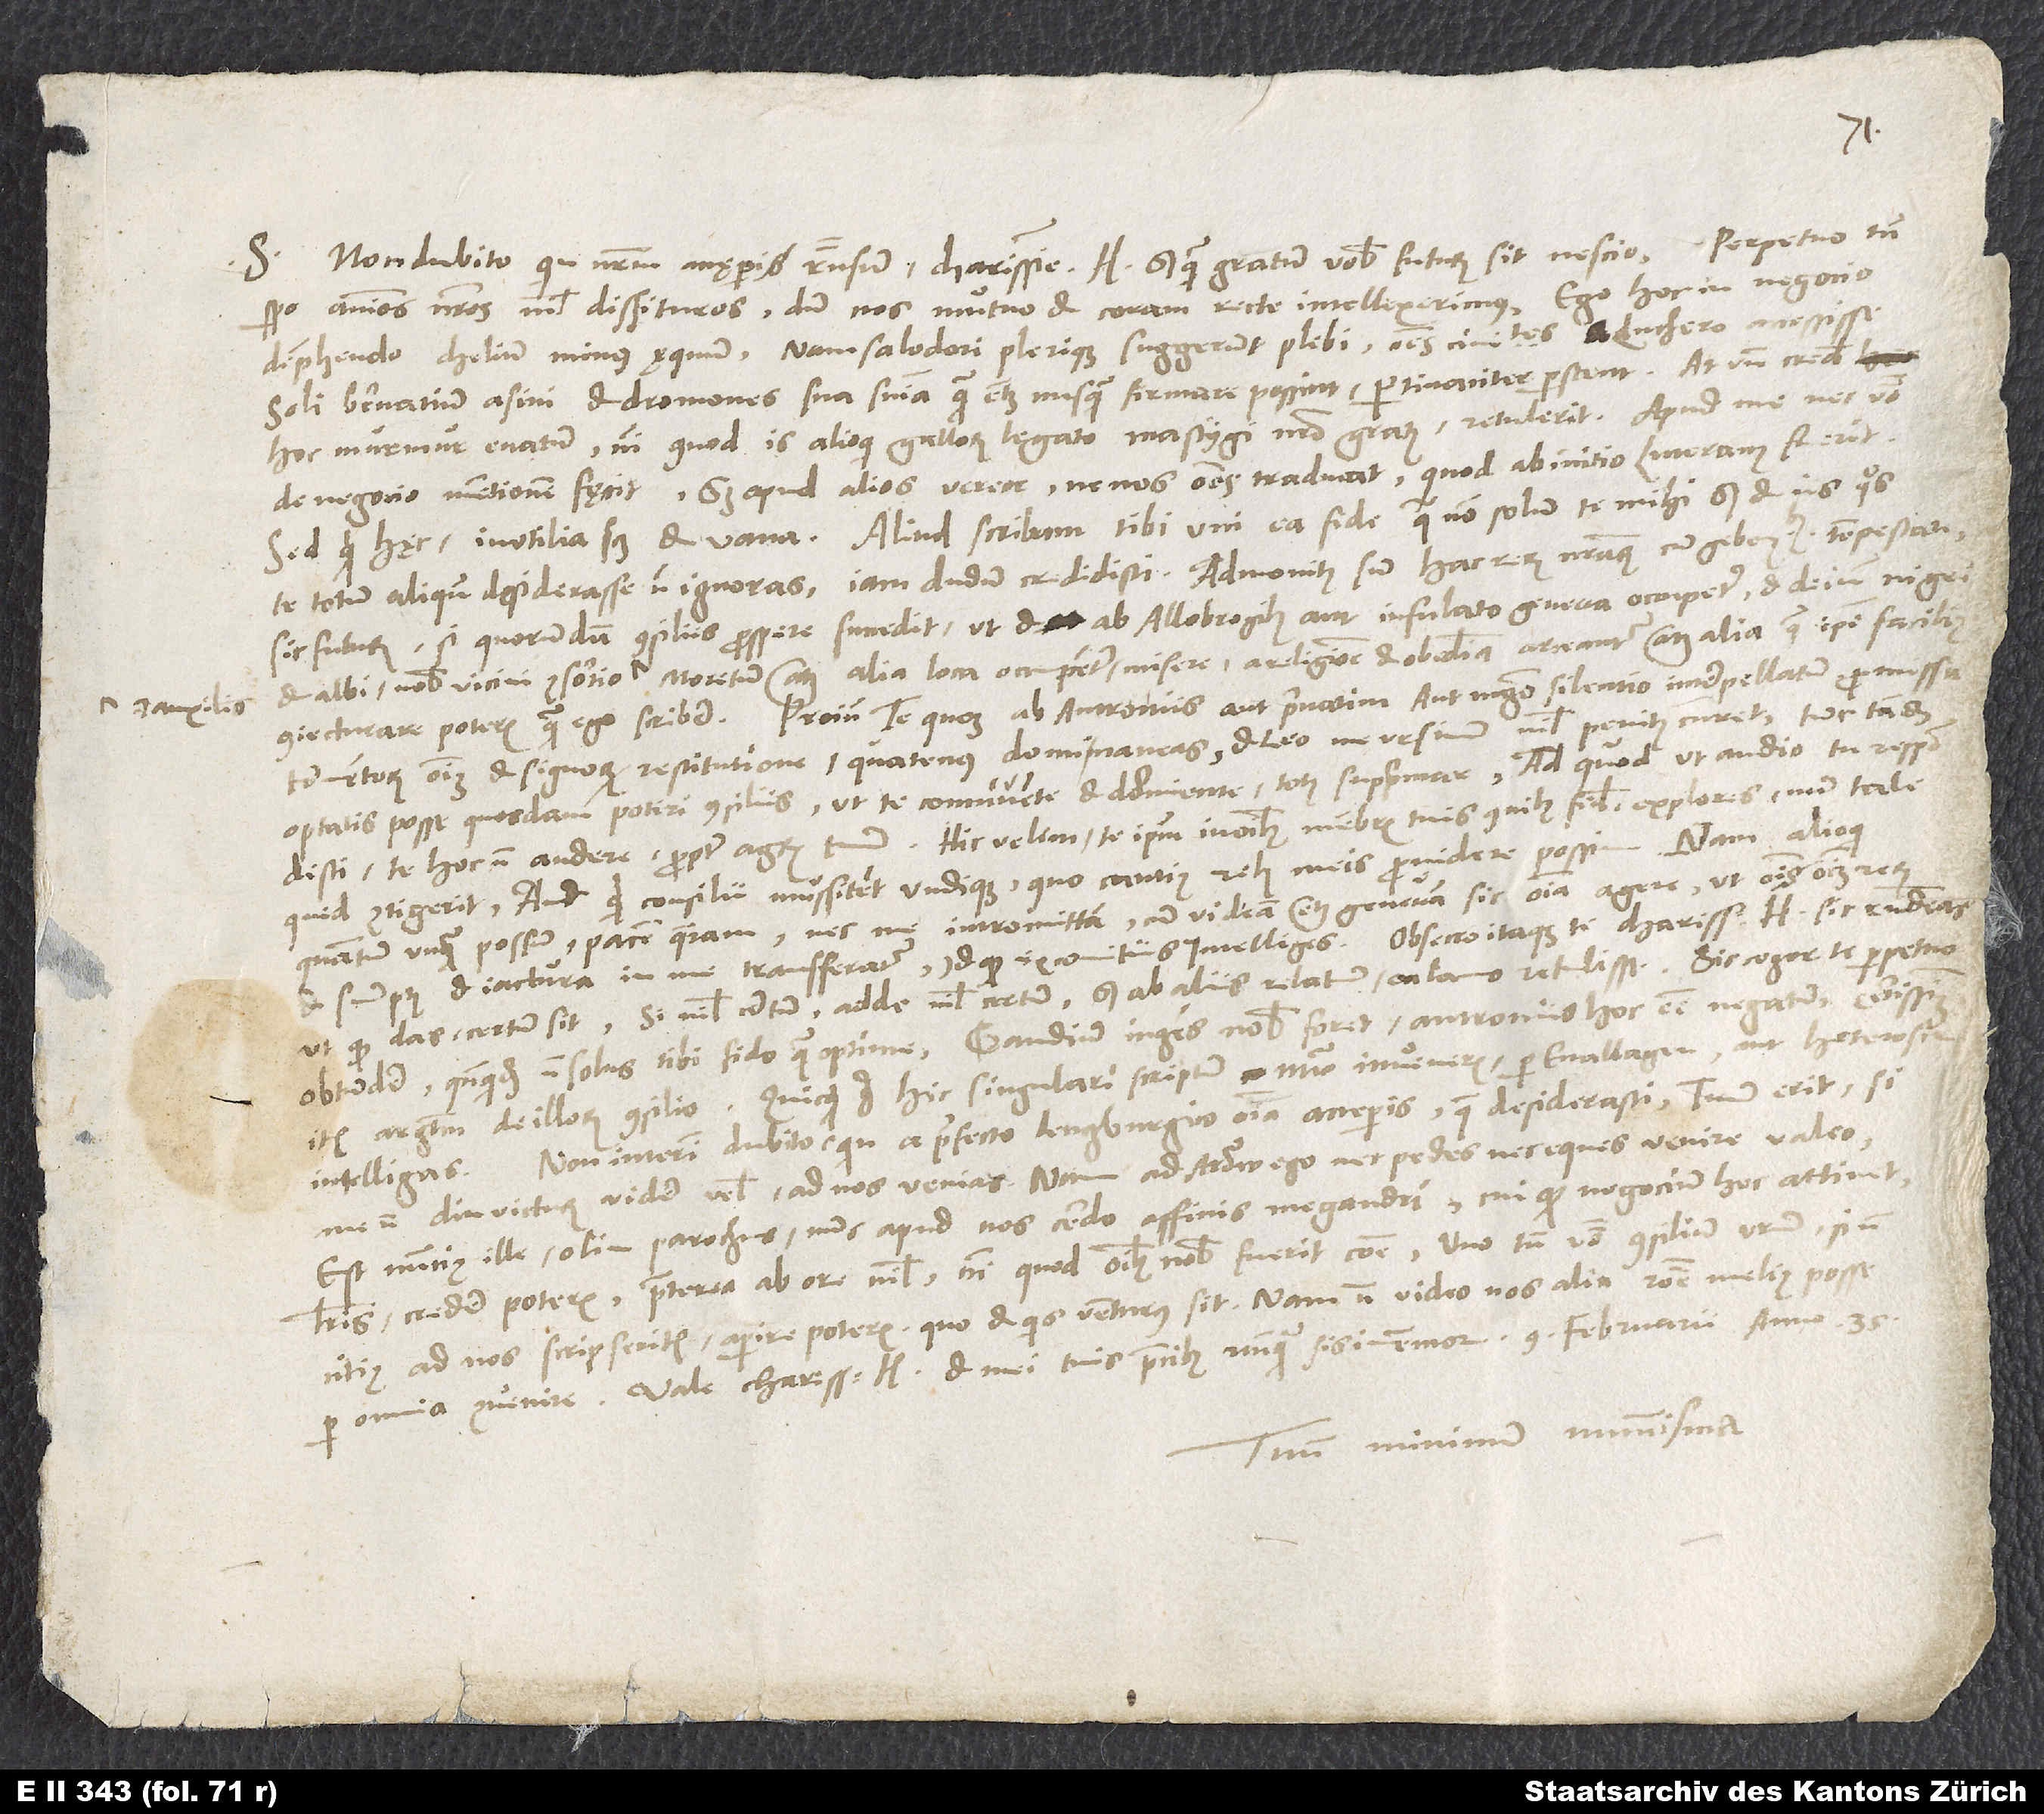
S. Non dubito, quin nostrum accęperis responsum, charissime Heinrice, sed quam gratum vobis futurum sit, nescio. Perpetuo tamen
spero animos nostros nihil dissituros , dum nos mutuo et coram recte intellexerimus. Ego hoc in negocio
deprehendo Chelium minus ęquum; nam Salodori plerique suggerunt plebi omnes civitates Luthero accessisse,
soli Bernatium asini et dromones sua sententia, quam etiam nusquam firmare possint, pertinaciter perstent. At unde credis
hoc murmur enatum, nisi quod is - alioqui Gallorum legato, mastygi nostro, gratus - retulerit? Apud me nec verbo
de negocio mentionem fęcit, sed apud alios vereor ne nos omnes traducat, quod ab initio Luteranus fuerit.
te totum aliquando desiderasse non ignoras, iam dudum credidisti. Admonitus sum hac rerum nostrarum cum Gebennensibus tempestate
sic futurum, si quorundam consiliis prospere succedit, ut et ab Allobrogibus aut infulato Geneva occupetur et deinde nigri
et albi, nobis vicini consortio et auxilio, Moretum atque alia loca occupentur misere, a religione et obedientia arceantur atque alia, quae ipse facilius
coniecturare poteris quam ego scribere. Proinde te quoque ab Antroniis aut privatim aut magno silentio interpellatum promissa
tormentorum omnium et signorum restitutione, quatenus domi maneas et leo me ursinum nihil penitus curet. Tunc tandem
optatis posse quosdam potiri consiliis, ut te connivente et dormiente totus supprimar. Ad hoc, ut audio, tu respondisti
te hoc non audere propter agrum tuum. Hic velim te ipsum in omnibus membris tuis, quibus fidis, explores, num tale
quid contigerit aut quid consilii mussitent undique, quo cautius rebus meis providere possim. Nam alioqui,
quantum unquam possum, pacem quaeram nec me intromittam, cum videam etiam Genevam sic omnia agere, ut omnis omnium rerum
et sumptus et iactura in me transferatur, id quod ex comitiis intelliges. Obsecro itaque te, charissime Heinrice, sic respondeas,
ut quod das, certum sit. Si nihil certum, adde nihil certum, sed ab aliis relatum calamo retulisse. Sic cogor te perpetuo
obtundere, quandoquidem non solus tibi fido quam optime. Gaudium ingens nobis foret Antroniis hoc esse negatum, certissimum
item argumentum de illorum consilio. Quicquid ergo hic singulari scriptum numero inveneris, per enallagen aut heterosin
Non interim dubito, quin a praefecto Lenczburgico omnia acceperis, quae desiderasti. Tuum erit, si
me, non diu victurum, videre velis, ad nos venias. Nam ad Arouw ego nec pedes nec eques venire valeo.
Est nuncius ille, olim parochus, nunc apud nos cerdo, affinis Megandri, cui quod negocium hoc attinet,
literis credere poteris, praeterea ab ore nihil, nisi quod omnibus nobis fuerit commune. Uno tamen verbo consilium vestrum, si non
citius ad nos scripseritis, aperire poteris, quo et quis venturus sit. Nam non video nos alia ratione melius posse
Tuum minimum nummisma